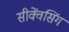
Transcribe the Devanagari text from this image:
सीक्वेंसिंग